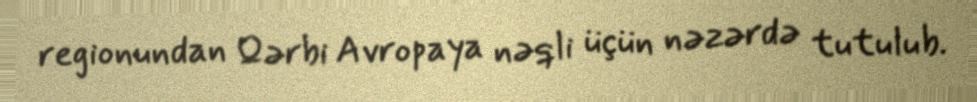
regionundan Qərbi Avropaya nəqli üçün nəzərdə tutulub.